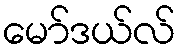
မော်ဒယ်လ်